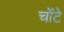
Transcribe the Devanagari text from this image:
चोंटे